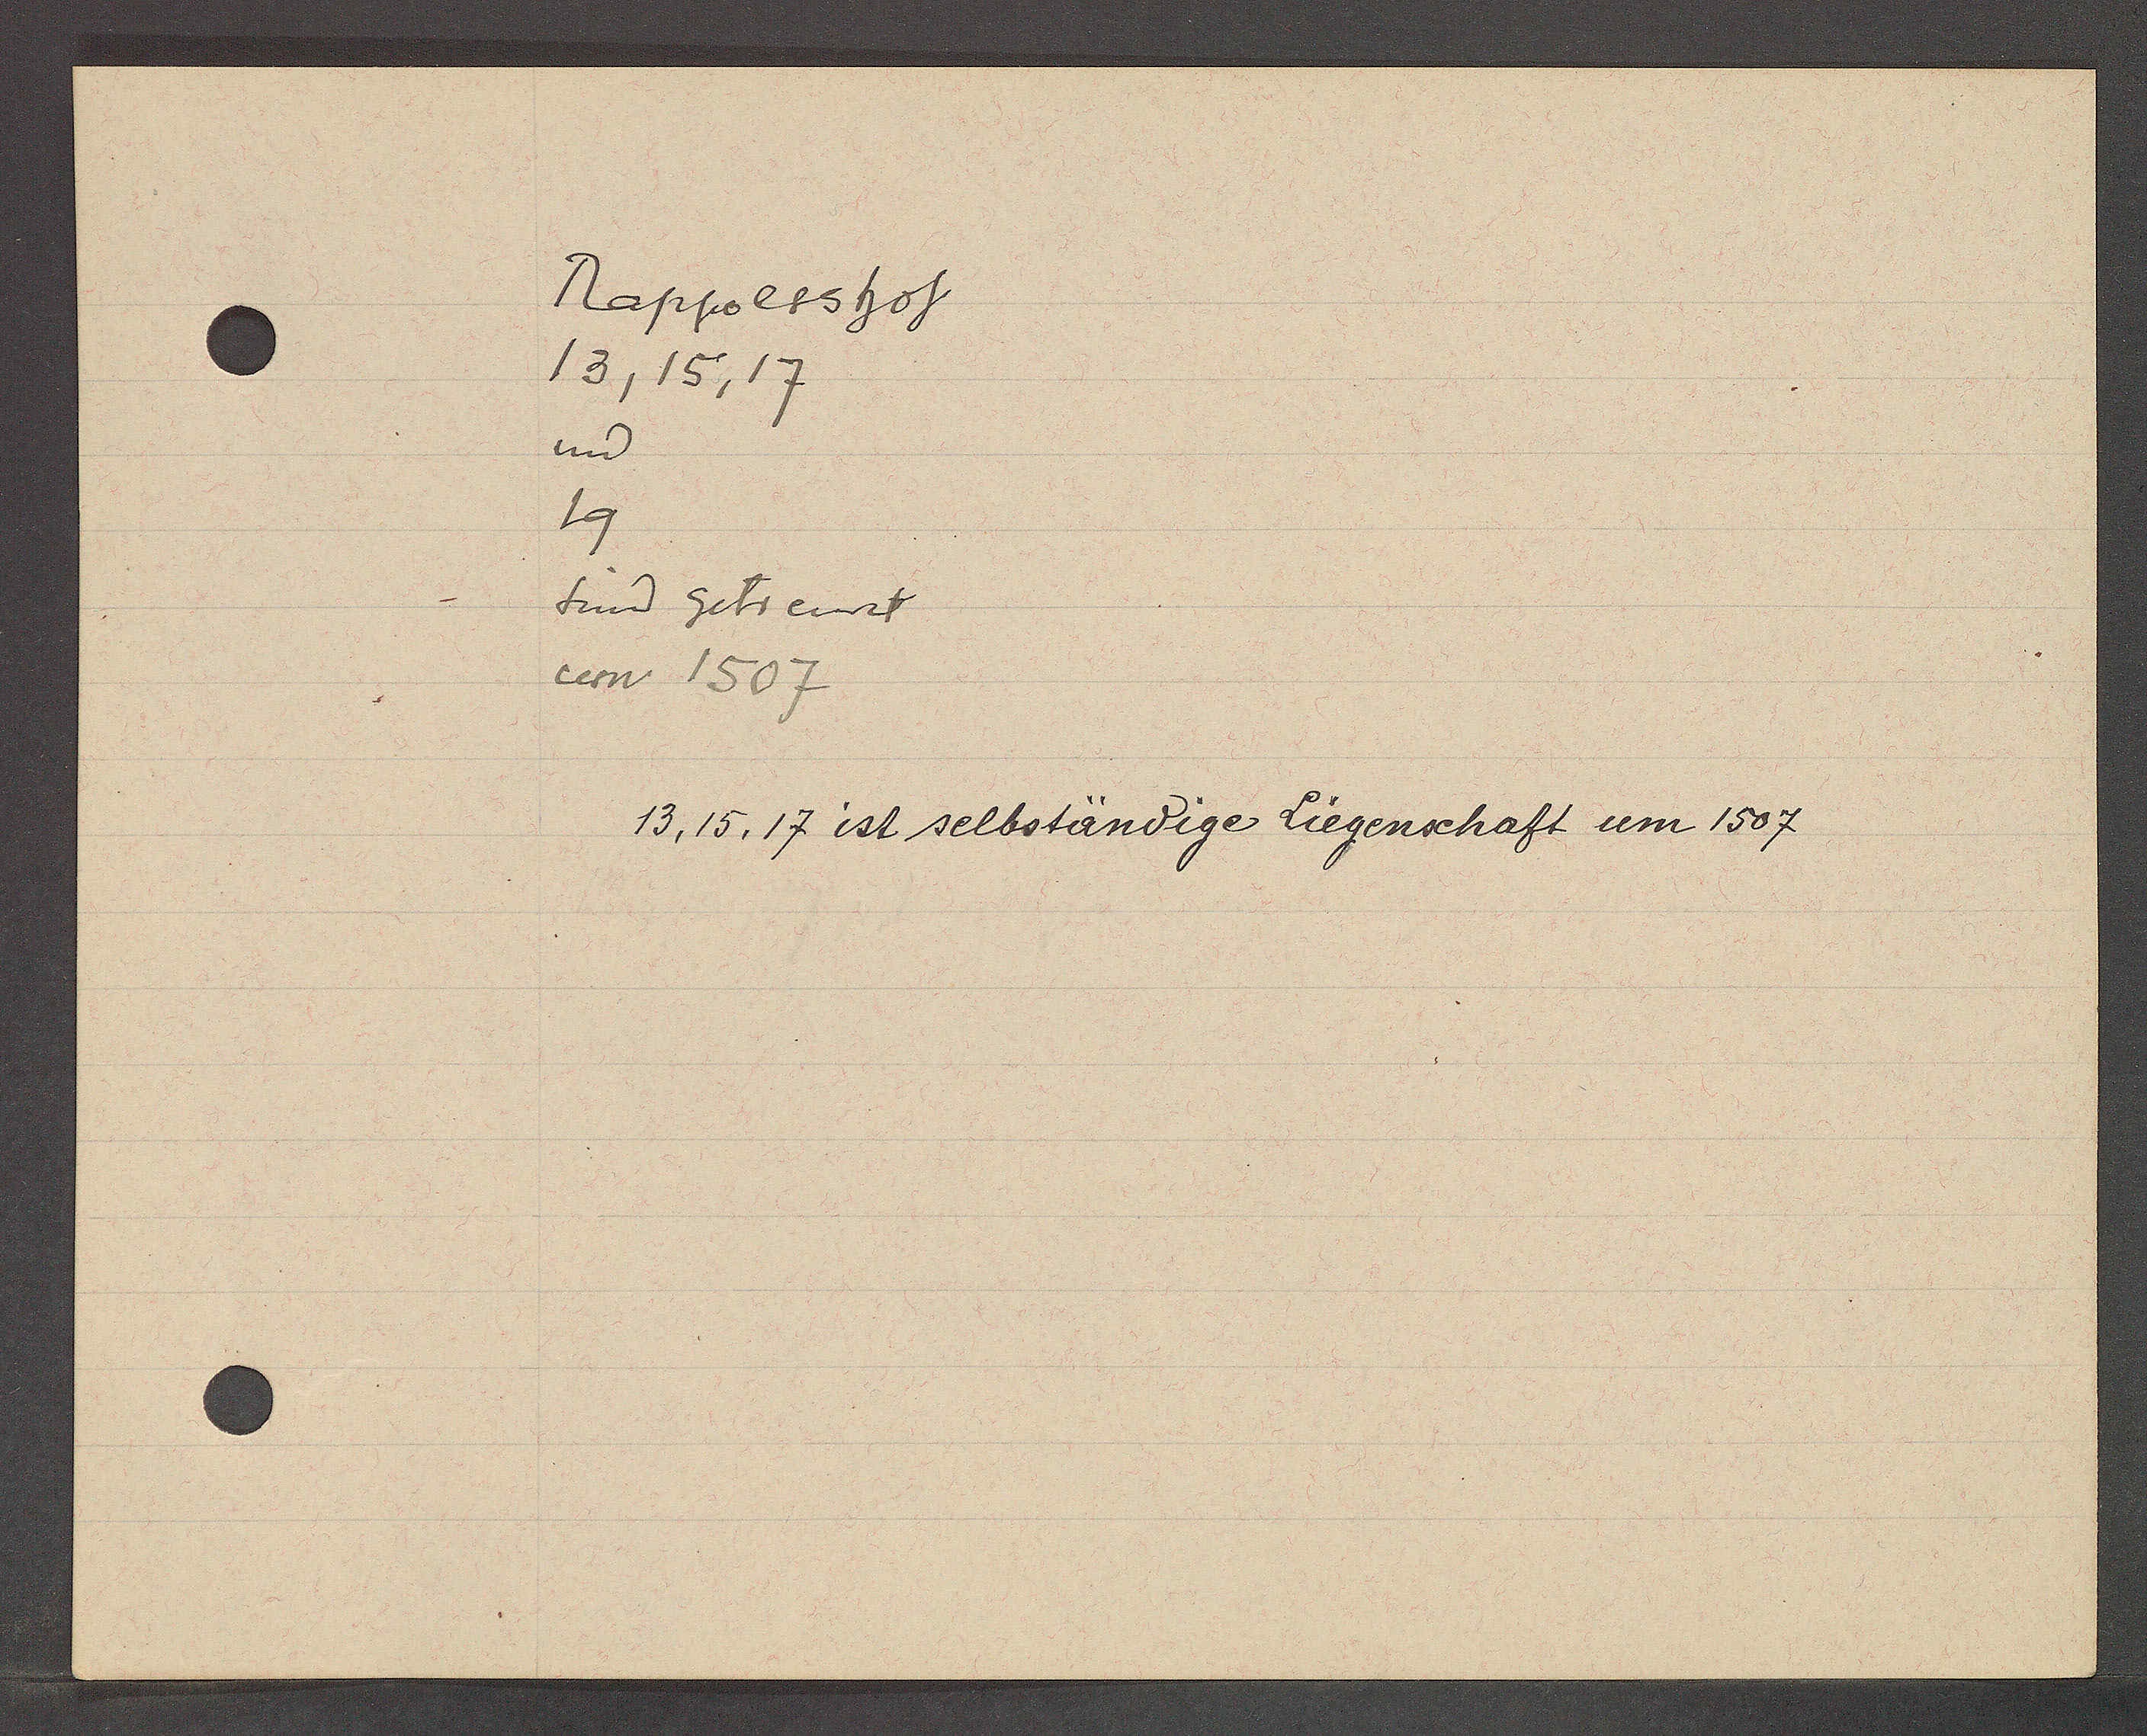
Transcript:
Rappoltshof
13,15,17
und
19
sind getrennt
um 1507
13,15, 17 ist selbständige Liegenschaft um 1507